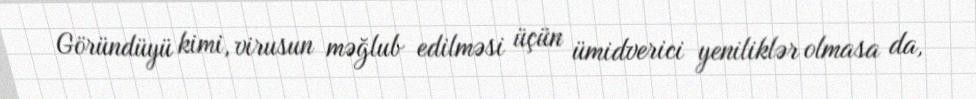
Göründüyü kimi, virusun məğlub edilməsi üçün ümidverici yeniliklər olmasa da,